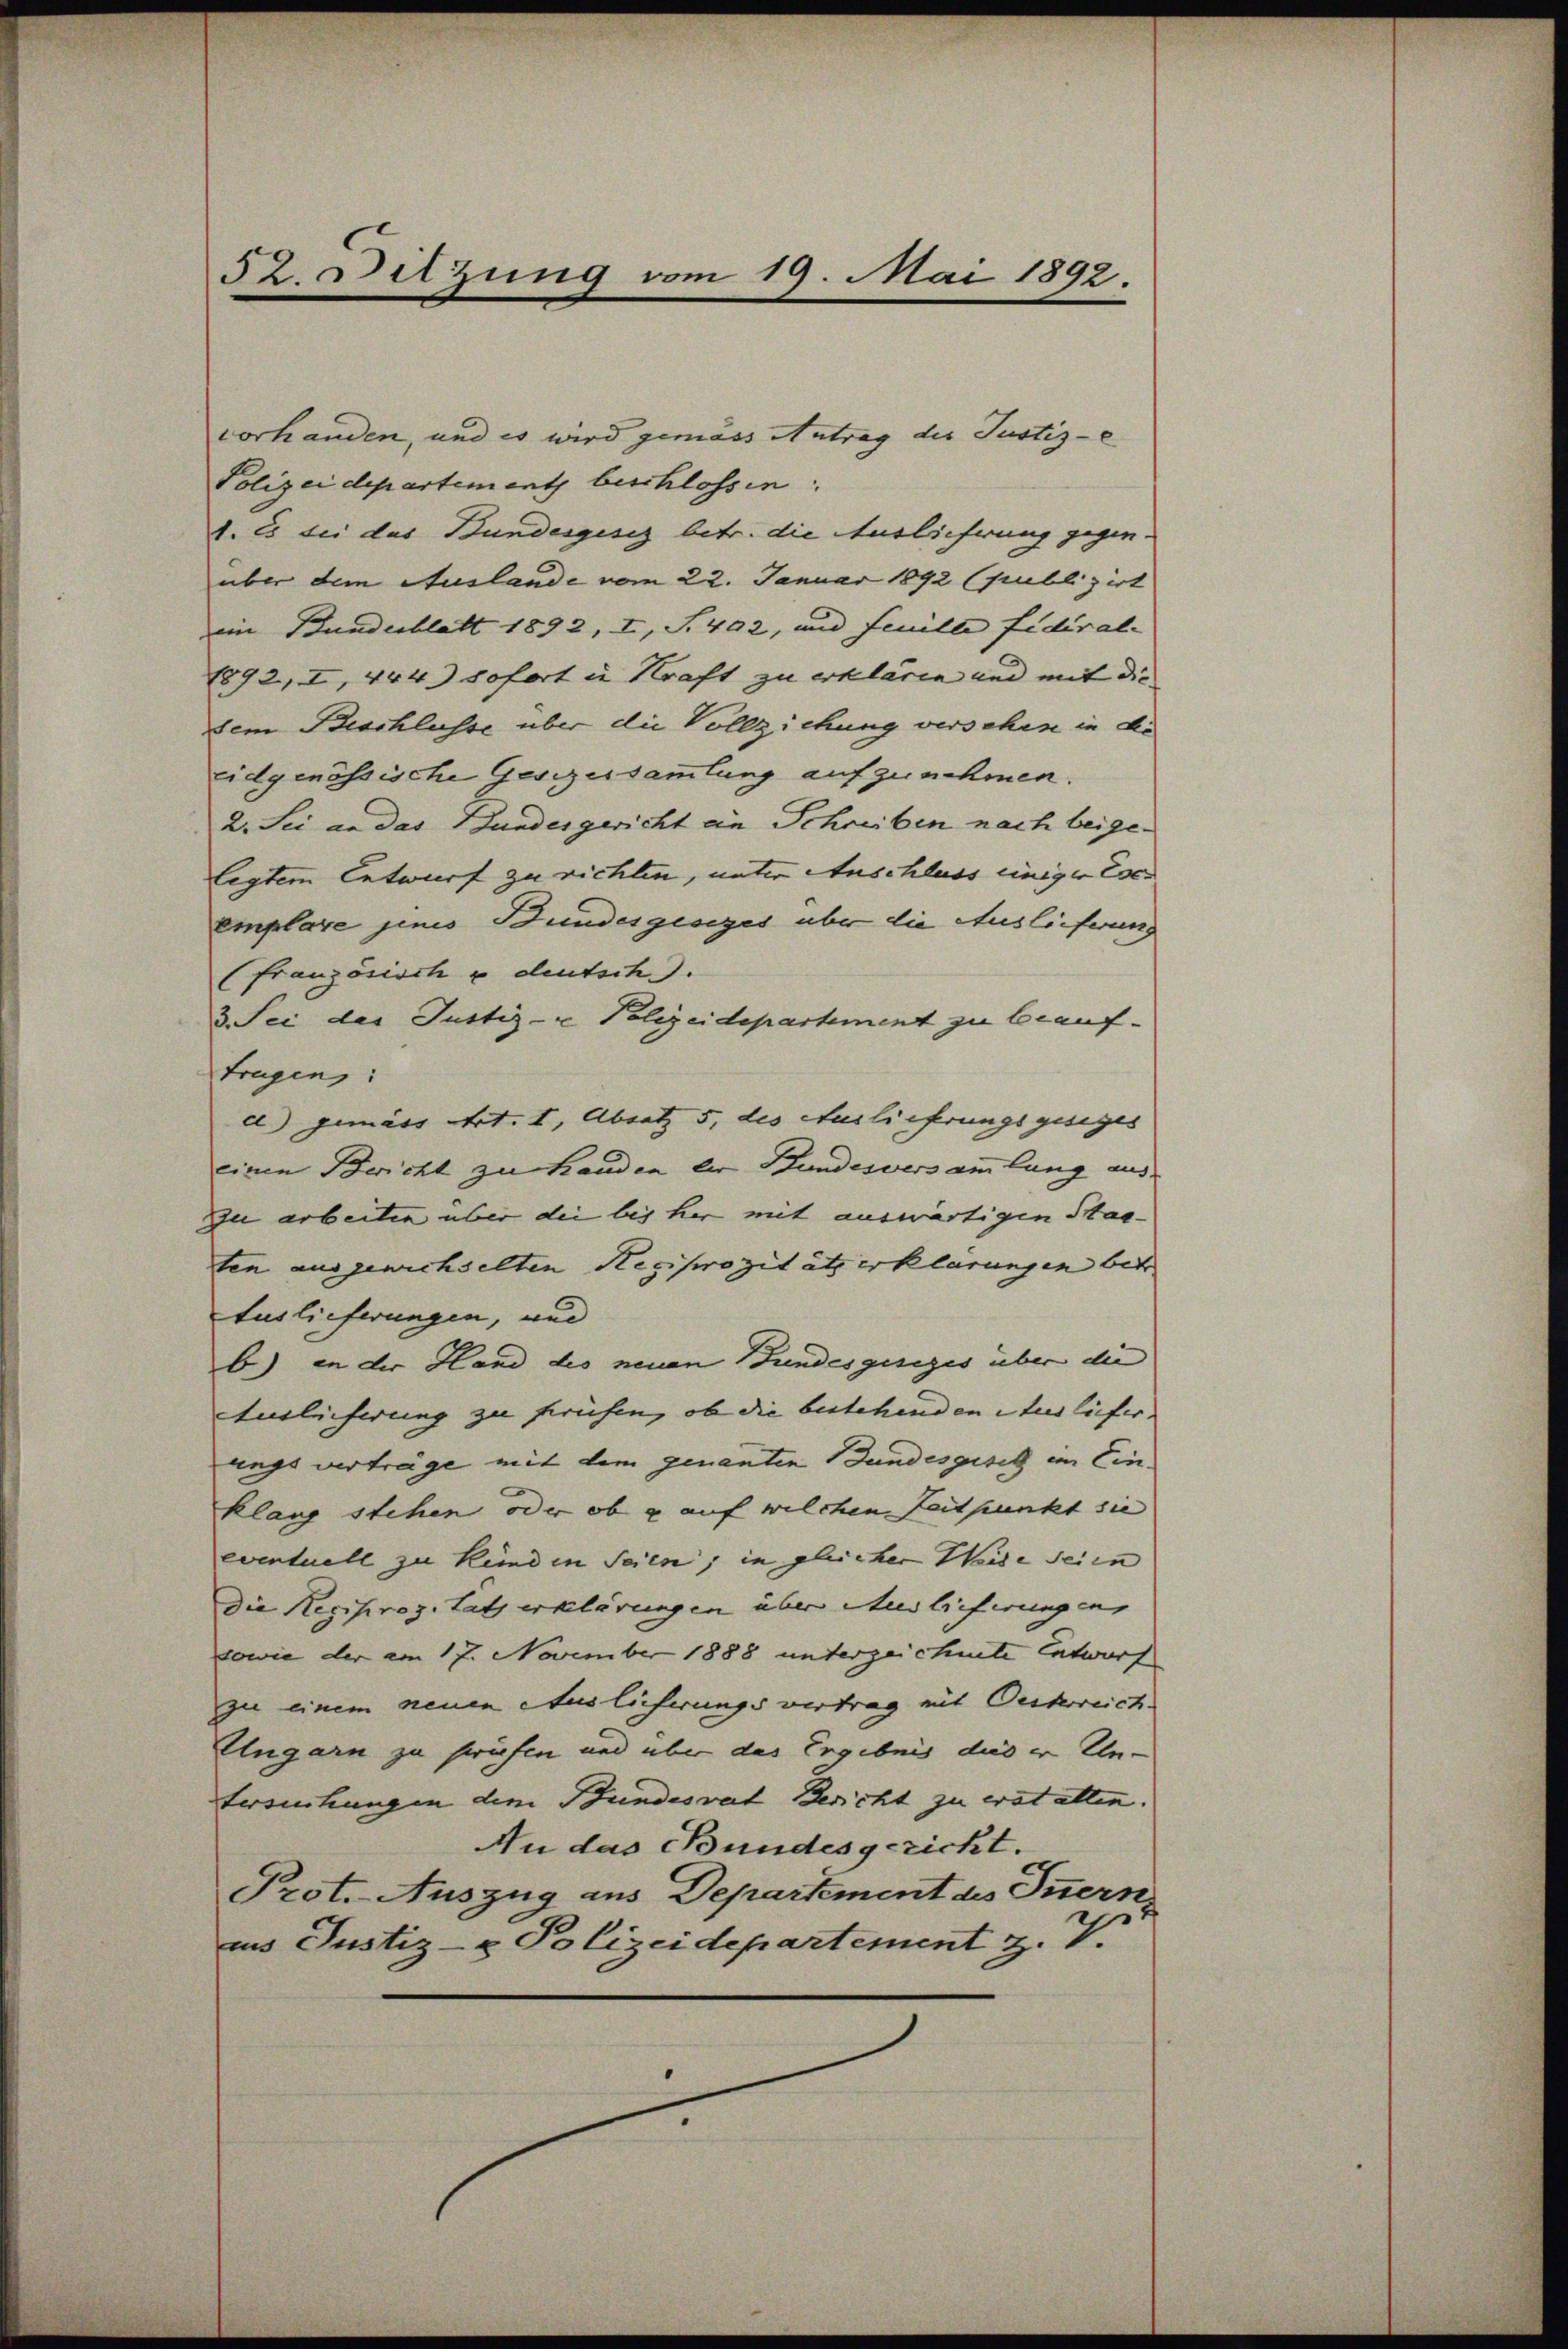
52. Sitzung vom 19. Mai 1892.

vorhanden, und es wird gemäss Antrag der Justiz-
Polizeidepartement beschlossen.
1. Es bei das Bundesgesez betr. die Auslieferung gegen.
über dem Auslande vom 22. Januar 1892 (publizirt
im Bundesblatt 1892, I, S. 402, und Feuille fidérale
1892, I, 444) Sofort in Kraft zu erklären und mit die
dem Beschlusse über die Vollziehung versehen in de
eidgenössische Gesezessammlung aufzunehmen.
2. Sei an das Bundesgericht an Schreiben nach beigelegtem Entwurf zu richten, unter Anschluss einiger Exc
emplare jenes Bundesgesezes über die Auslieferung
(Französisch u deutsch.).
3. Sei der Justiz- u Polizeidepartement zu beauf- |
tragen:
d) gemäss Art. I, Absatz 5, des Auslieferungsgesiges
einen Bericht zu Handen bei Pfundesversammlung aus
zu arbeiten über die bis her mit auswärtigen Sac
ten ausgewichselten Reciprozität erklärungen betr.
Auslieferungen, und
b) in der Hand des neuen Bundesgesezes über die
Auslicherung zu frühen, ob die bestehenden Ausliefer
ungsverträge mit dem genannten Bundesgesetz im Ein-
klang stehen, oder ob g auf welchen Zeitpunkt sie
eventuell zu Keind in Seien, in gleicher Weide seien
Die Reciproz. tats erklärungen über Auslieferungen,
sowie der am 17. November 1888 unterzeichnete Entwurf
zu einem neuen Auslieferungsvertrag mit Oesterreich
Ungarn zu prüfen und über das Ergebnis dieser Un-
tersuchungen dem Bundesrat Bericht zu erat allen. |
An das Bundesgericht.
Prot. Auszug aus Departement des Innern,
ins Justiz- & Polizeidepartement Z. V.